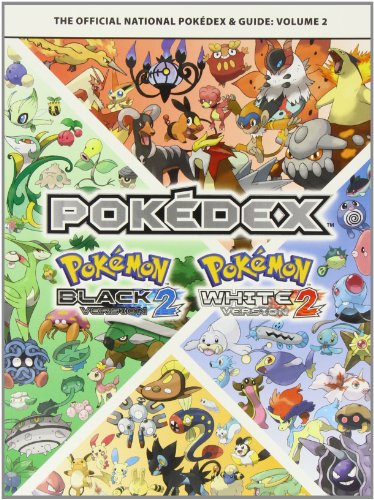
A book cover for Pokemon Black Version 2 & Pokemon White Version 2 Volume 2: The Official National Pokedex & Guide; The Pokemon Company; Computers & Technology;